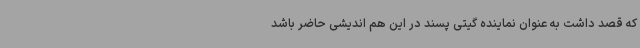
که قصد داشت به عنوان نماینده گیتی پسند در این هم اندیشی حاضر باشد